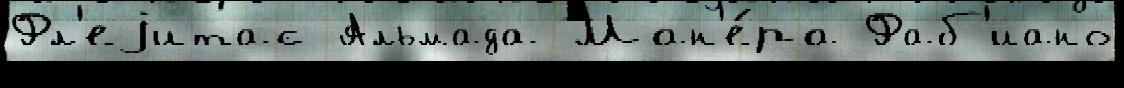
Фл'еjитас Альмада Ман'е́ра Фаб'иано